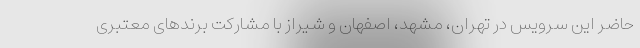
حاضر این سرویس در تهران، مشهد، اصفهان و شیراز با مشارکت برندهای معتبری